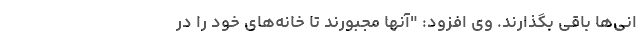
انی‌ها باقی بگذارند. وی افزود: "آنها مجبورند تا خانه‌های خود را در